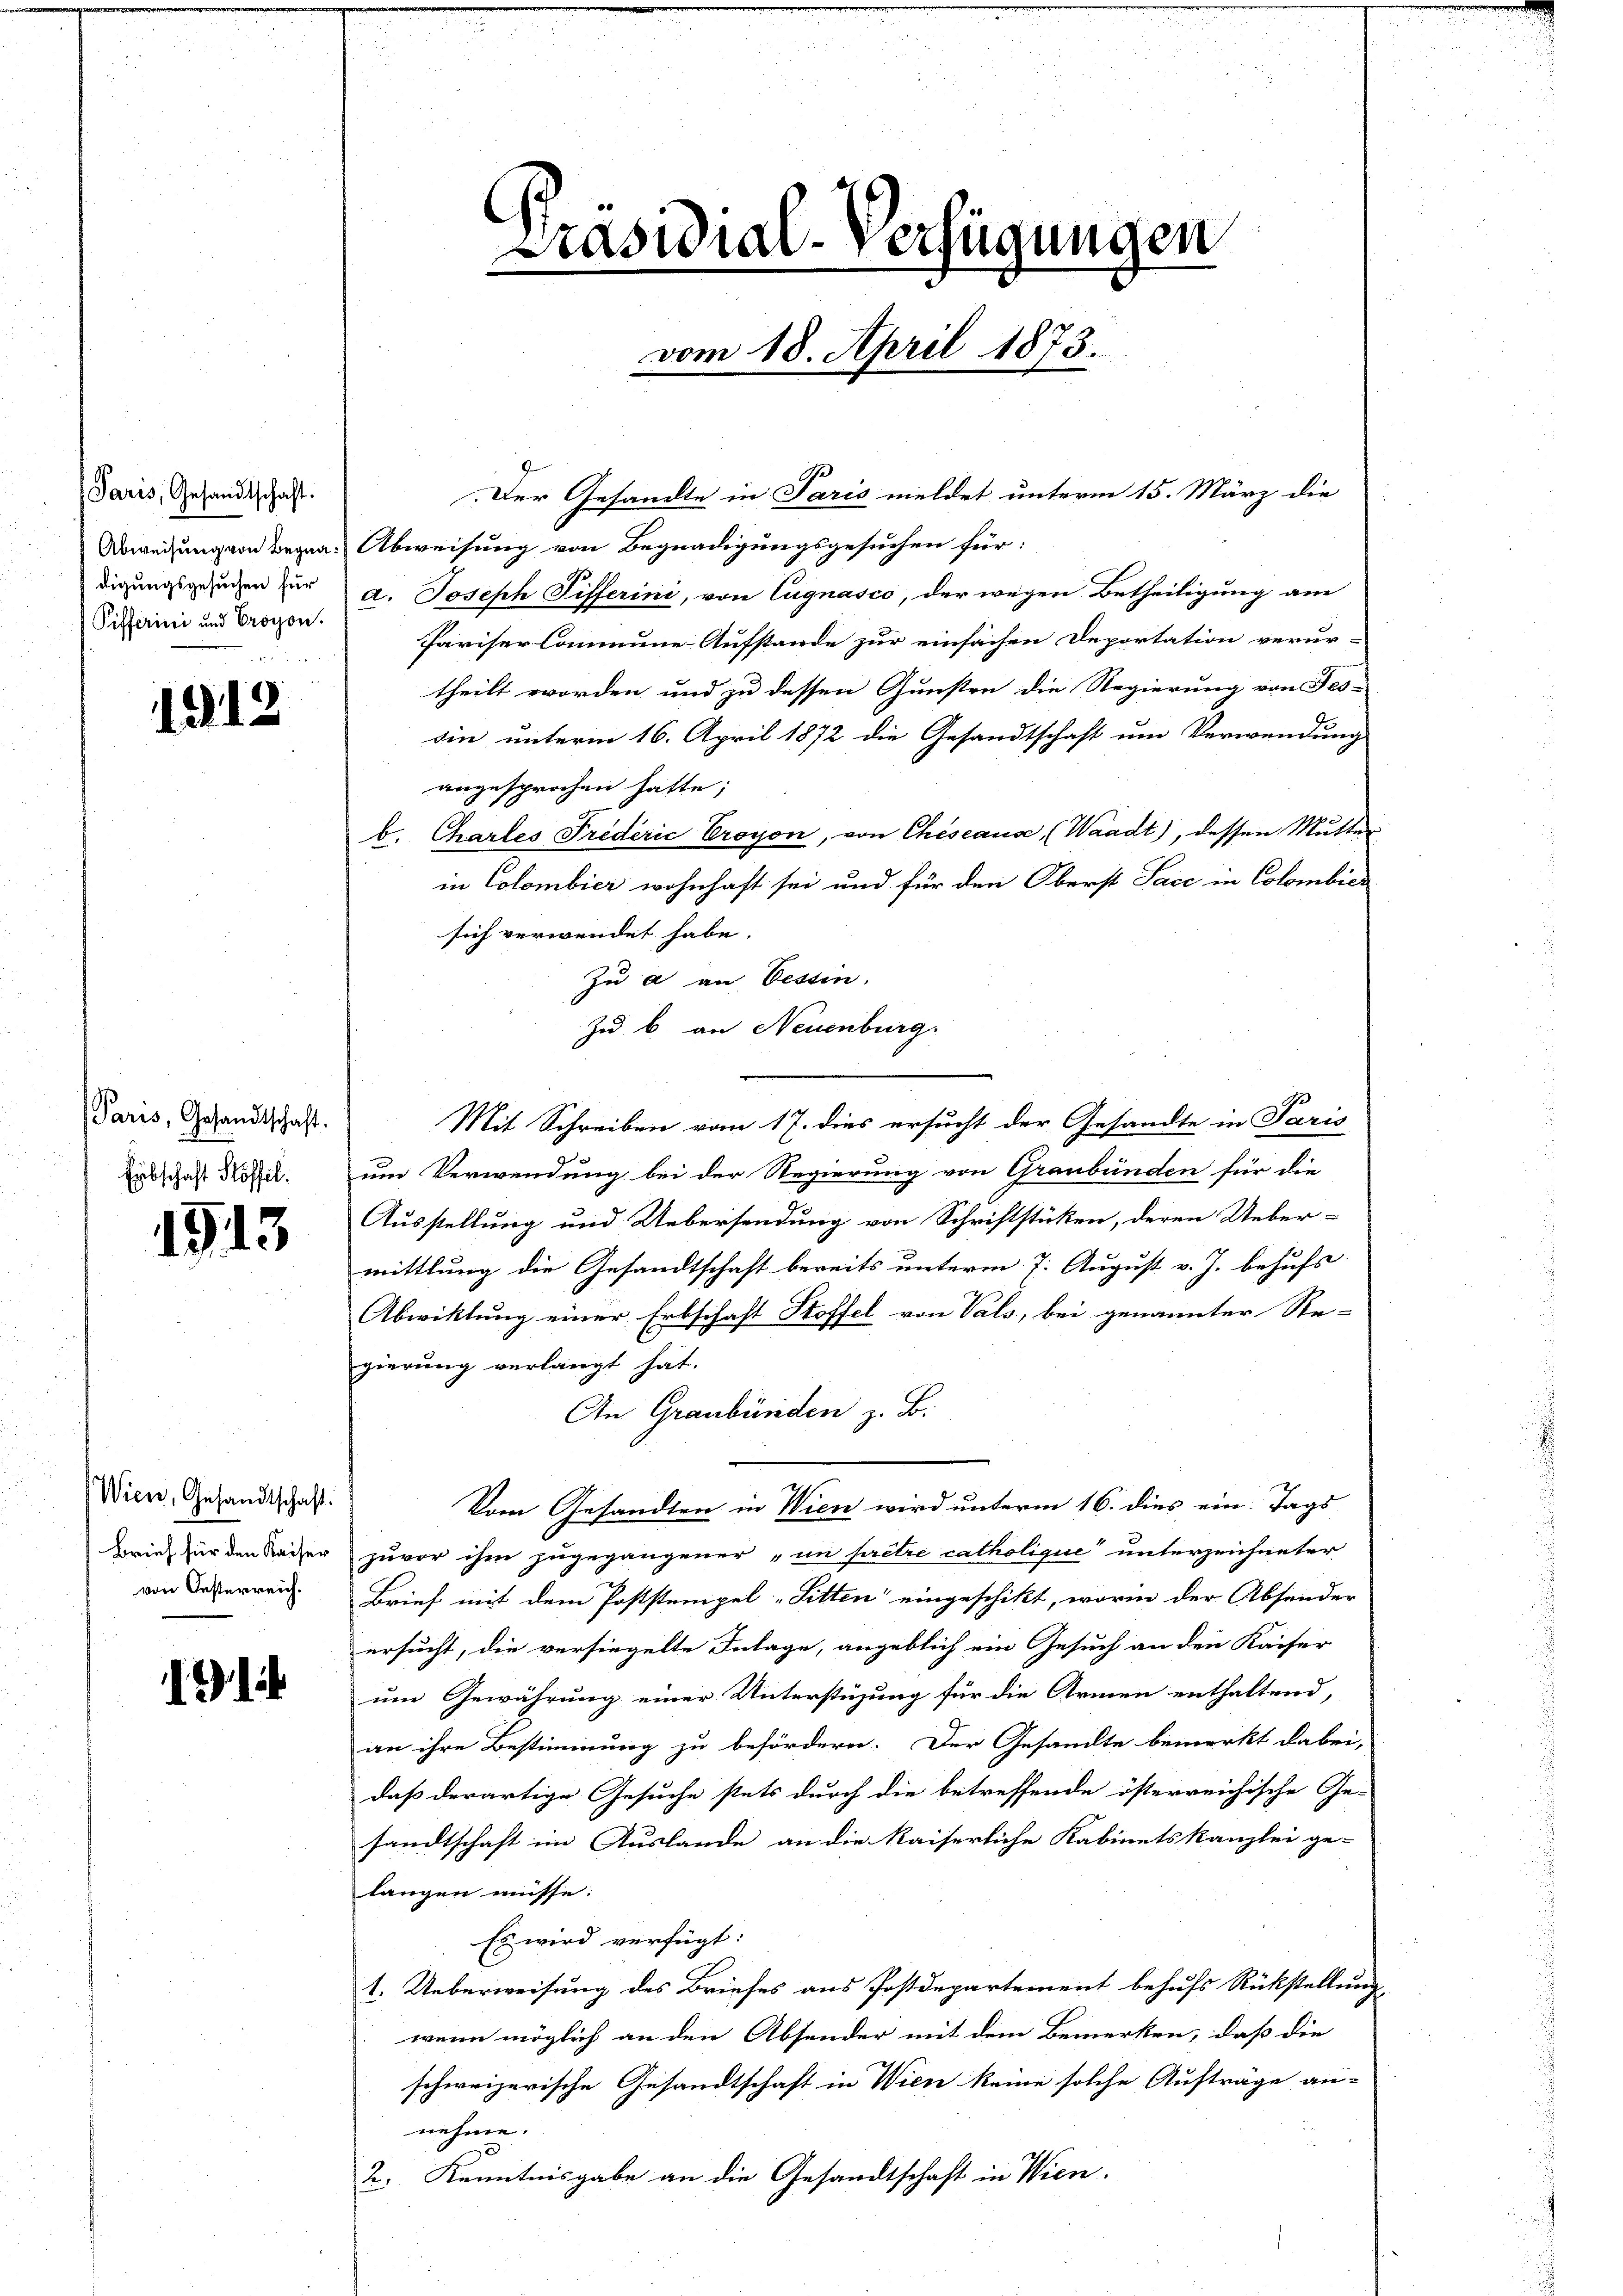
Paris, Gesandtschaft:
digungsgesuchen für
Pifferini und Croyon.

1812

Paris, Gesandtschaft.
Eibschaft Plöffel.

1913

Wiene, Gesandtschaft.
Brief für den Kaiser
von Oesterreich.

191

Der Gesandte in Paris meldet unterm 15. März die
Abweisung von Begna. Abweisung von Begnadigungsgesuchen für:
a. Joseph Tifferini, von Eugnasco, der wegen Betheiligung am
Pariser Commine-Aufstande zur einsachen Deportation verur-
theilt worden und zu dessen Gunsten die Regierung von Fes-
din unterm 16. April 1872 die Gesandtschaft um Verwendung
angesprochen hatte;
b. Chartes Fredérić Croyon, von Chiseause, (Waadt), dessen Mutter
in Colombier wohnhaft sei und für den Oberst Jacc in Colombien
sich verwendet habe.
Zu a an Cessin.
Zu b an Neuenburg.
Mit Schreiben vom 17. dies ersucht der Gesandte in Paris
um Verwendung bei der Regierung von Graubünden für die
Ausstellung und Uebersendung von Schriftstücken, deren Ueber-
mittlung die Gesandtschaft bereits unterm 7. August v. J. behufs
Abwicklung einer Erbschaft Stoffel von Vals, bei genannter Re-
gierung verlangt hat.
An Graubünden z. B.
Vom Gesandten in Wien wird unterm 16. dies ein Tags
zuvor ihm zugegangener „an prêtre catholique“ unterzeichneter
Brief mit dem Poststempel „Sitten eingeschikt, worin der Absender
ersucht, die versiegelte Inlage, angeblich ein Gesuch an den Kaiser
um Gewährung einer Unterstüzung für die Armen enthaltend,
an ihre Bestimmung zu befördern. Der Gesandte bemerkt dabei,
daß derartige Gesuche stets durch die betreffende österreichische Ge-
sandtschaft im Auslande an die Kaiserliche Kabinetskanzlei ge-
langen müsse. |
Es wird verfügt:
1. Ueberweisung des Briefes aus Postdepartement behufs Rückstellung
wenn möglich an den Absender mit dem Bemerken, daß die
schweizerische Gesandtschaft in Wien keine solche Aufträge an-
nehme.
2. Kenntnisgabe an die Gesandtschaft in Wien.

Präsidial-Verfügungen

vom 18. April 1873.